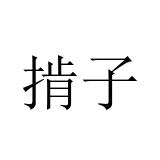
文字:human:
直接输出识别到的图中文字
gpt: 掯子